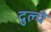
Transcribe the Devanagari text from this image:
दुल्चे